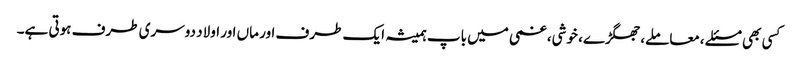
کسی بھی مسئلے ،معاملے، جھگڑے، خوشی، غمی میں باپ ہمیشہ ایک طرف اور ماں اور اولاد دوسری طرف ہوتی ہے۔